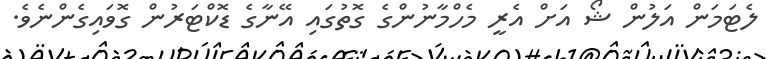
ލެޓަމަން އަލުން ޝޯ އަށް އެރީ މެހްމާނުންގެ ގޮތުގައި އޭނާގެ ޑޮކްޓަރުން ގޮވައިގެންނެވެ.